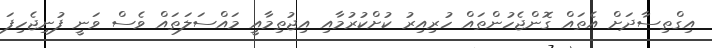
އިގްތިސާދަށް އެތައް ގޮންޖެހުންތައް ހުރިއިރު ކުށްކުރުމާއި އިޖުތިމާއީ މައްސަލަތައް ވެސް ވަނީ ފުނިޖެހިފަ